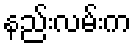
နည်းလမ်းက